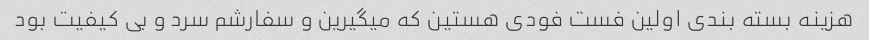
هزینه بسته بندی اولین فست فودی هستین که میگیرین و سفارشم سرد و بی کیفیت بود